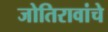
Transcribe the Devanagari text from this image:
जोतिरावांचे